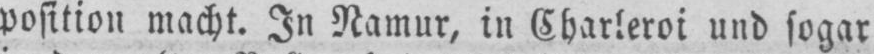
position macht. In Namur, in Charleroi und sogar